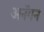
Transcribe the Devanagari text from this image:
अनॅगन